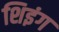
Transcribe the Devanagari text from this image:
शिइंग